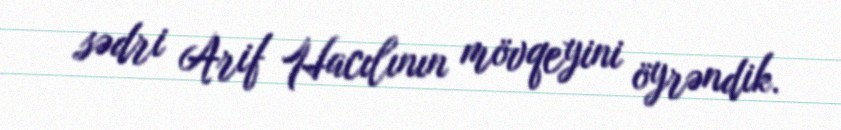
sədri Arif Hacılının mövqeyini öyrəndik.